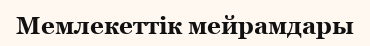
Мемлекеттік мейрамдары